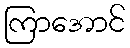
ကြာအောင်